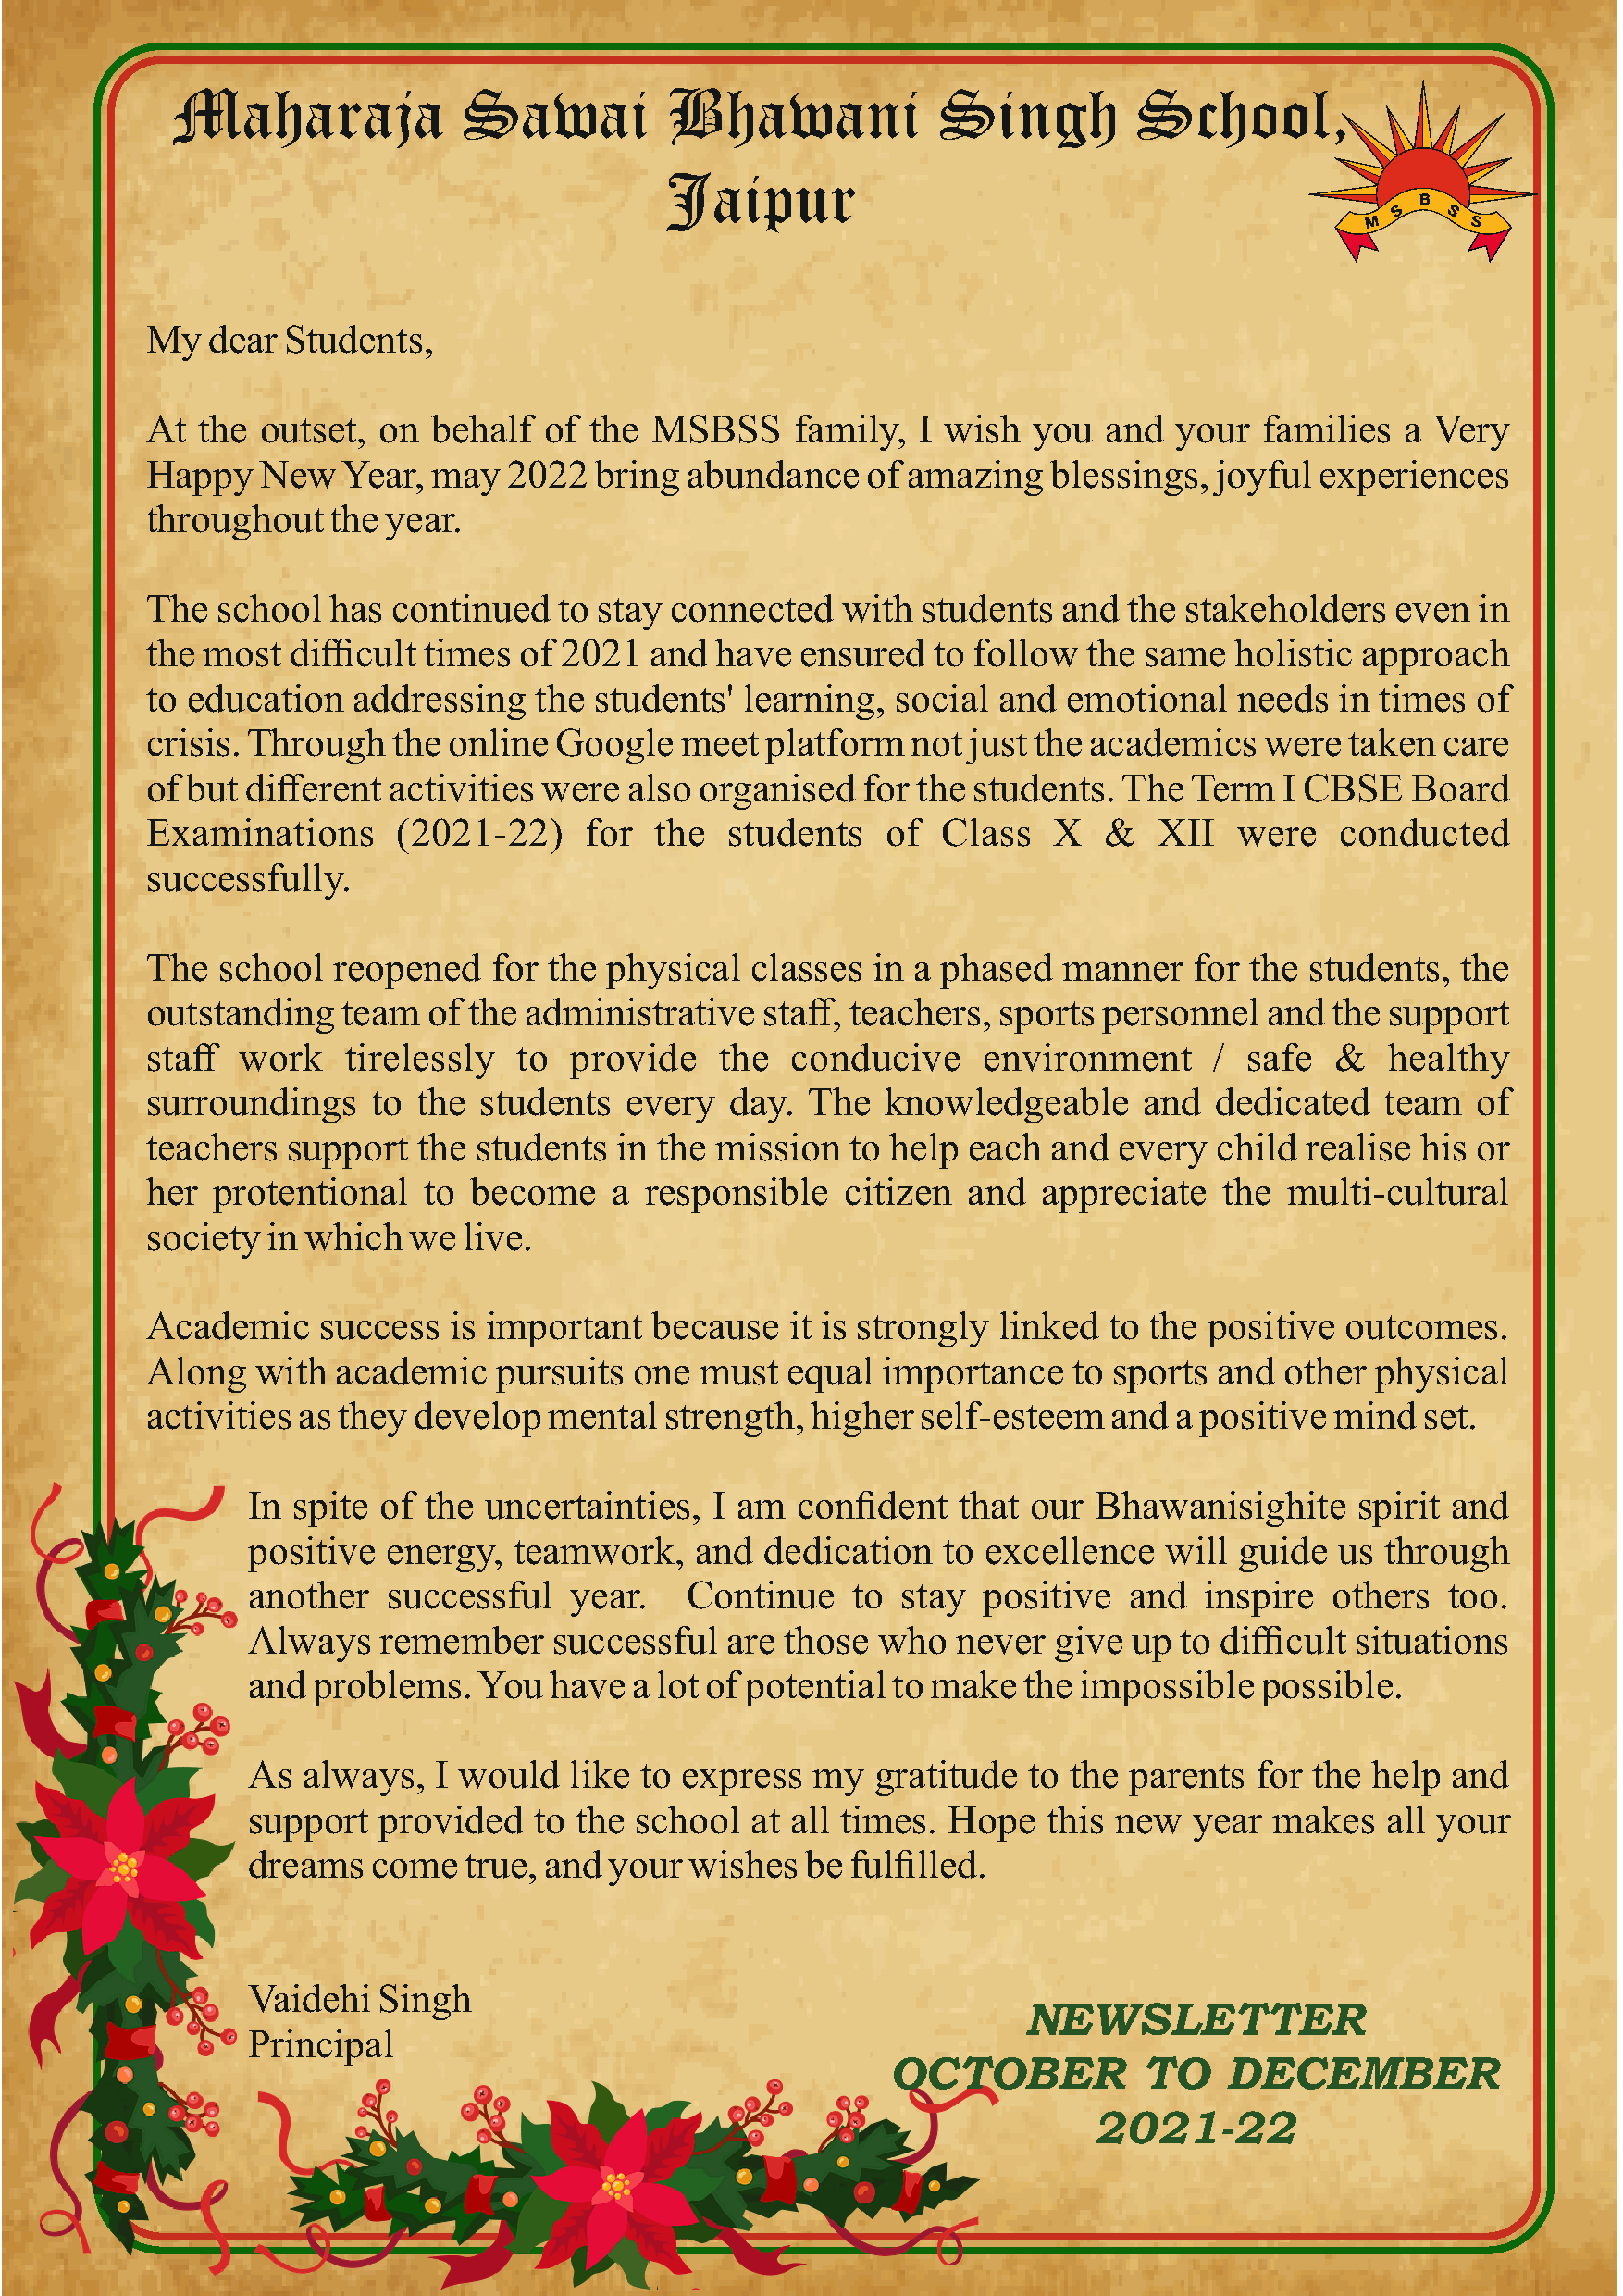
Maharaja             Sawai          Bhawani            Singh         School,
 Jaipur
 My   dear Students,
 At  the  outset, on  behalf  of the  MSBSS     family,  I wish  you  and  your  families  a  Very
 Happy    New  Year,  may  2022   bring abundance    of amazing   blessings,  joyful experiences
 throughout    the year.
 The  school   has continued   to stay connected   with  students  and  the stakeholders   even  in
 the  most  difficult times of 2021  and  have  ensured   to follow  the same  holistic approach
 to education   addressing   the students'  learning,  social and  emotional    needs  in times  of
 crisis. Through   the online  Google   meet  platform  not just the academics   were  taken  care
 of but  different activities were  also organised   for the students. The  Term   I CBSE   Board
 Examinations      (2021-22)     for  the  students   of  Class   X   &   XII  were    conducted
 successfully.
 The   school  reopened   for the physical   classes in a phased   manner   for the  students, the
 outstanding   team   of the administrative   staff, teachers, sports personnel   and the support
 staff  work    tirelessly  to  provide   the   conducive    environment      / safe  &   healthy
 surroundings     to the students   every  day.  The  knowledgeable      and  dedicated   team   of
 teachers   support  the students  in the mission   to help each  and  every  child realise  his or
 her  protentional   to  become    a responsible   citizen  and  appreciate   the  multi-cultural
 society  in which  we  live.
 Academic     success  is important   because  it is strongly linked  to the positive  outcomes.
 Along   with  academic    pursuits one  must  equal  importance    to sports and  other physical
 activities as they  develop  mental   strength, higher  self-esteem  and  a positive mind   set.
 In spite of the  uncertainties,  I am  confident   that our Bhawanisighite     spirit and
 positive  energy,  teamwork,    and  dedication  to excellence   will  guide  us through
 another   successful   year.   Continue    to stay  positive   and  inspire  others   too.
 Always   remember    successful   are those  who  never  give  up to difficult situations
 and problems.   You  have  a lot of potential to make  the impossible   possible.
 As  always,  I would   like to express  my   gratitude  to the parents  for the help  and
 support  provided   to the school   at all times. Hope   this new  year  makes   all your
 dreams   come  true, and  your wishes   be fulfilled.
 Vaidehi  Singh
 NEWSLETTER
 Principal
 OCTOBER           TO    DECEMBER
 2021-22